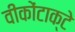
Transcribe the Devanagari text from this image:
वीकोंटाक्टे